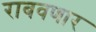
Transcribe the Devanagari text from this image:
राबवणार